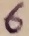
Text: 6